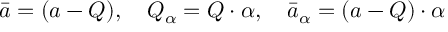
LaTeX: \bar { a } = ( a - Q ) , \quad Q _ { \alpha } = Q \cdot \alpha , \quad \bar { a } _ { \alpha } = ( a - Q ) \cdot \alpha